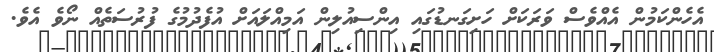
އެހެންކަމުން އެއްވެސް ވަރަކަށް ހަށިގަނޑުގައި އިންސިއުލިން އަމިއްލައަށް އުފެދުމުގެ ފުރުސަތެއް ނޯވެ އެވެ.